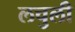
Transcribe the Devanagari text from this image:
लचुली